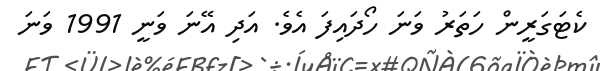
ކެޓަގަރީން ހަތަރު ވަނަ ހޯދައިފަ އެވެ. އަދި އޭނަ ވަނީ 1991 ވަނަ